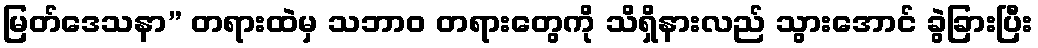
မြတ်ဒေသနာ” တရားထဲမှ သဘာဝ တရားတွေကို သိရှိနားလည် သွားအောင် ခွဲခြားပြီး